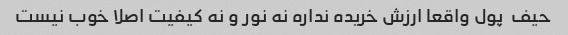
حیف  پول واقعا ارزش خریده نداره نه نور و نه کیفیت اصلا خوب نیست